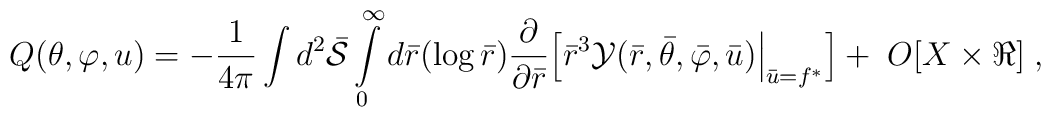
Q( \theta, \varphi, u) = - \frac{1}{4\pi} \int d^2{\bar {\cal S}} \int\limits_{0}^{\infty} d {\bar r}(\log{\bar r}) \frac{\partial}{\partial {\bar r}}\Bigl[ {\bar r}^3 {\cal Y}({\bar r}, {\bar \theta},{\bar \varphi}, {\bar u})\Bigl|_{{\bar u} = f^{*}}\Bigr]+\; O[ X\times\Re ] \; ,\quad